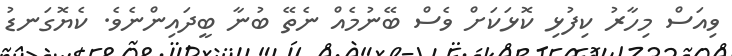
ވިއަސް މިހާރު ކިފުޅި ކޮޅަކަށް ވެސް ބޭނުމެއް ނެތޭ ބުނާ ބީދައިންނެވެ. ކެޔޮގަނޑު